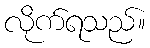
လိုက်ရသည်။